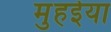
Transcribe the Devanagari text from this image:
मुहईया